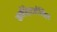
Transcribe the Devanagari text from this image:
सर्वदेवमंदिर